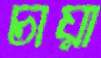
চায়া